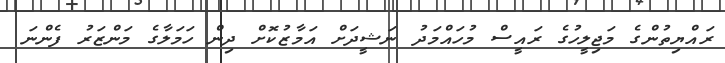
ރައްޔިތުންގެ މަޖިލީހުގެ ރައީސް މުހައްމަދު ނަޝީދަށް އަމާޒުކޮށް ދިން ހަމަލާގެ މަންޒަރު ފެންނަ